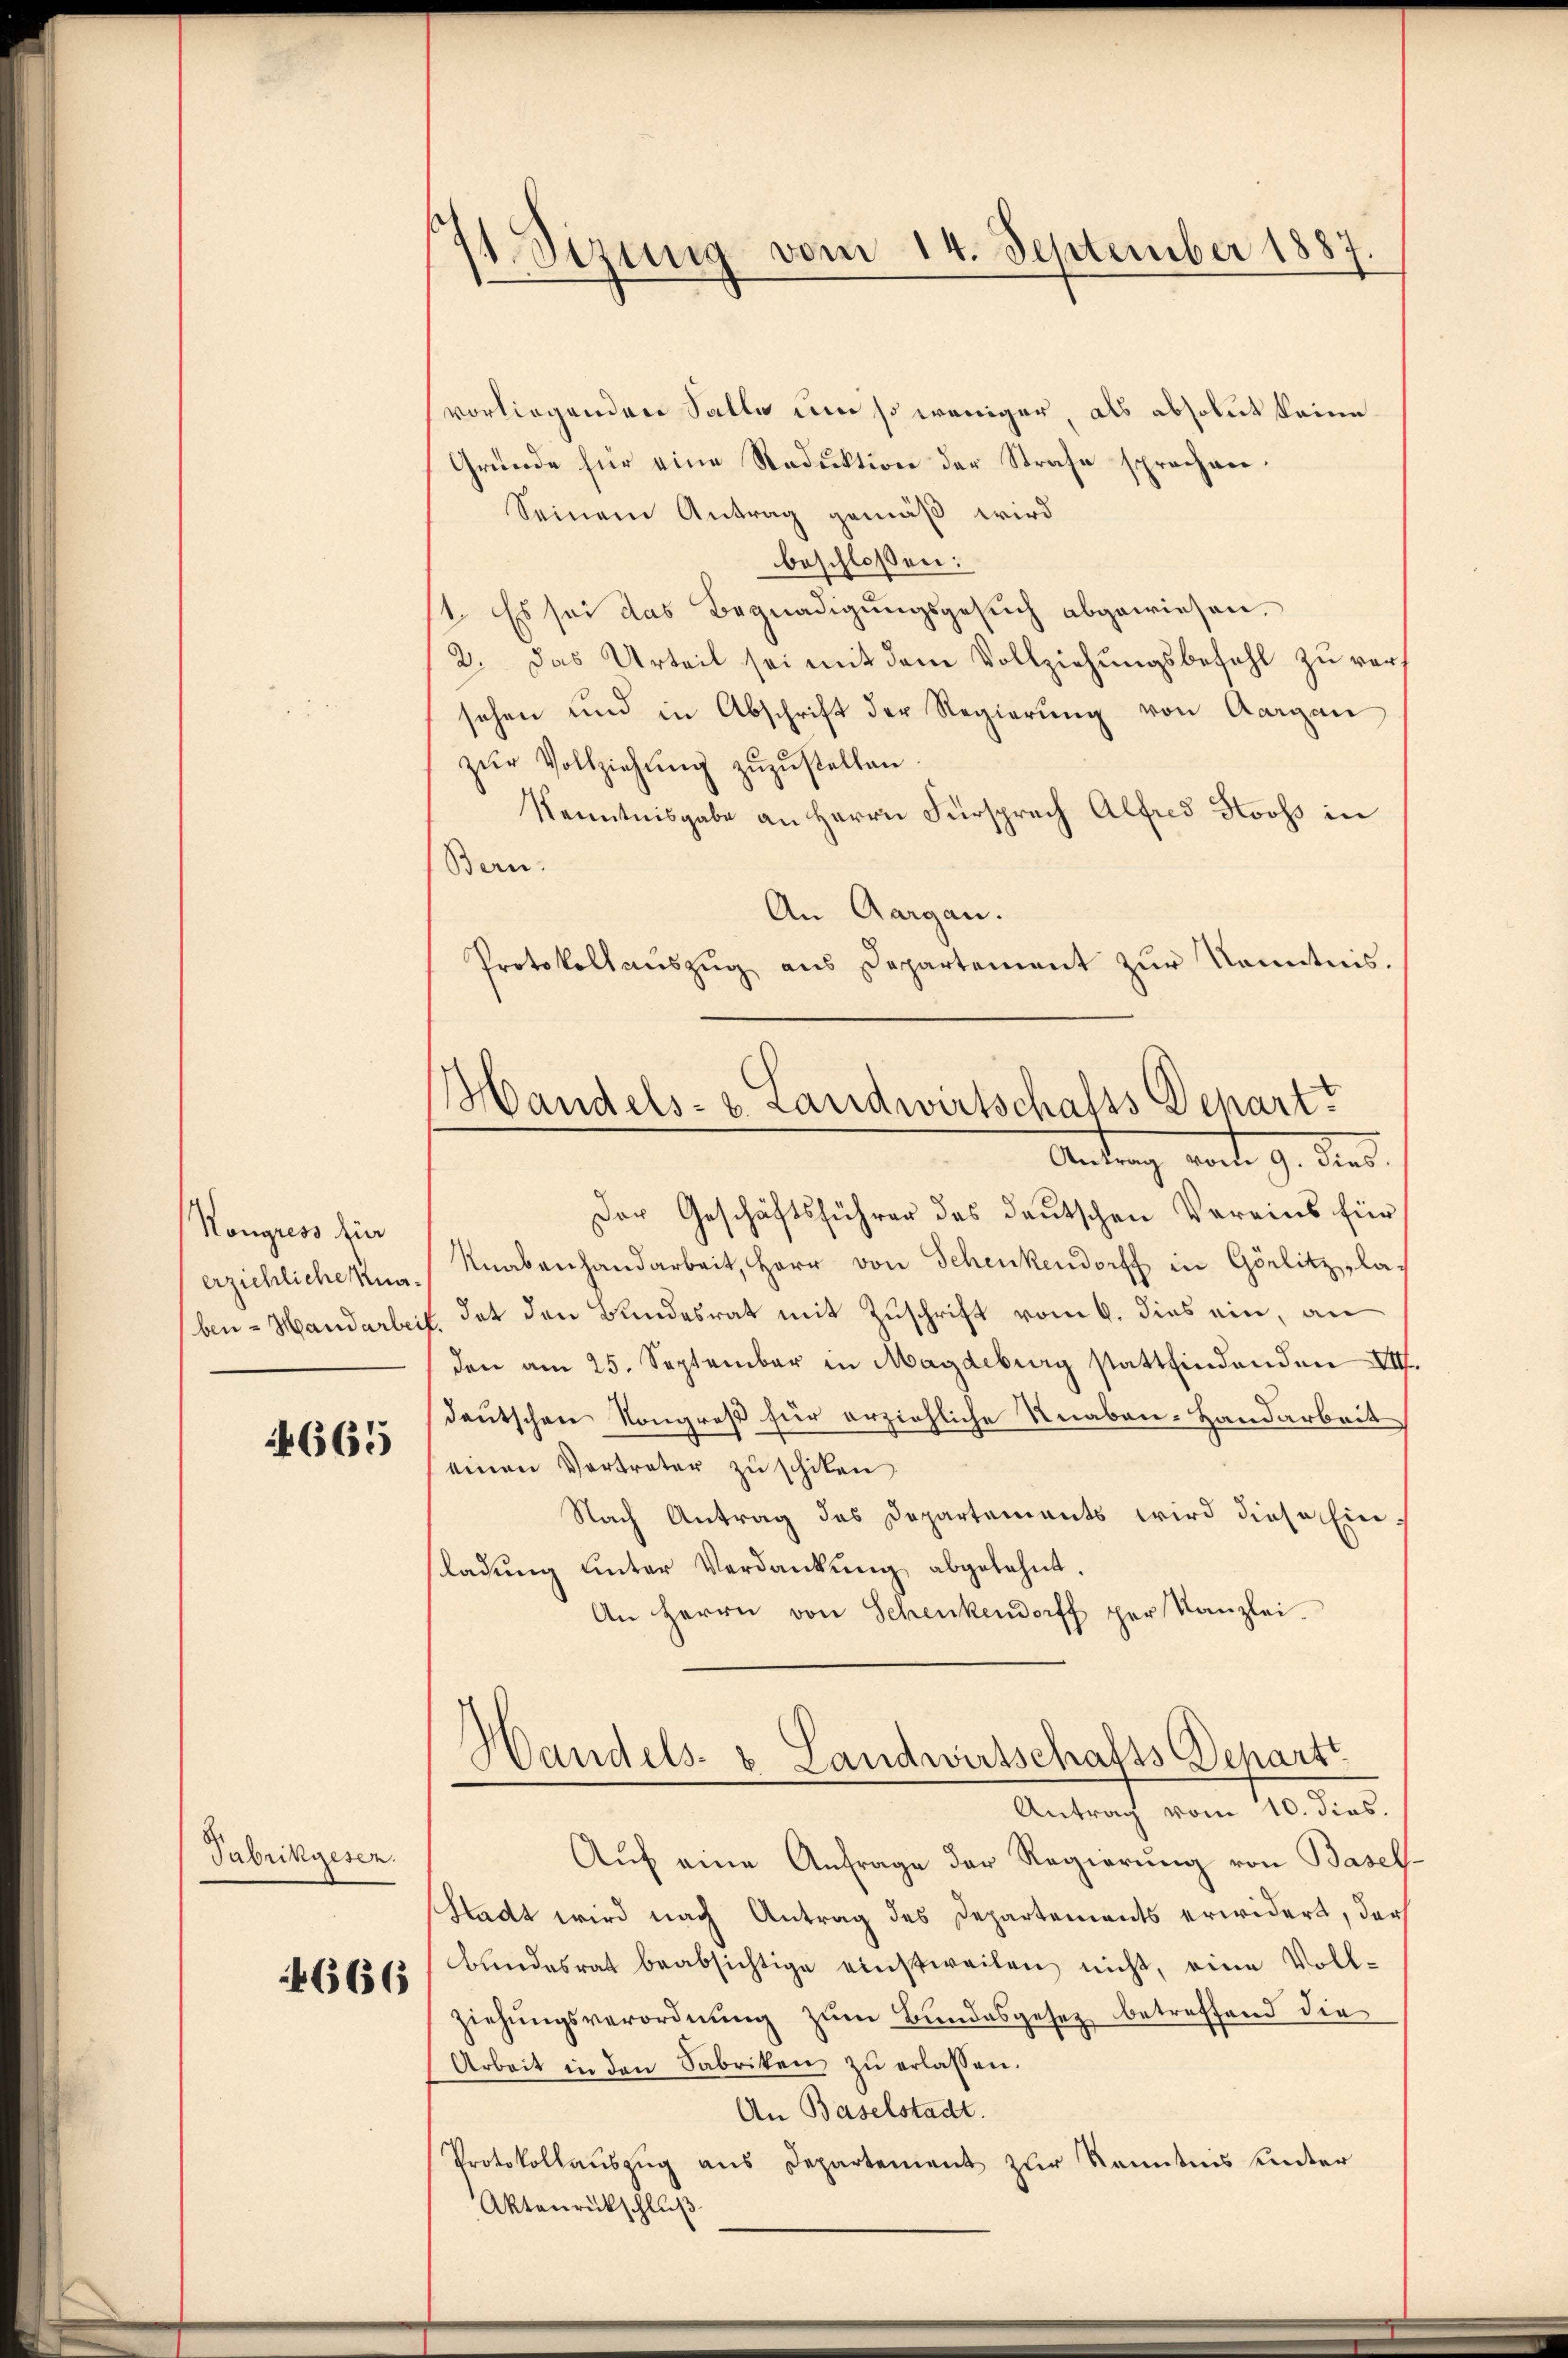
Kongress für
erziehliche Knaben= Handarbei

665

Tabrikgesen.
4666

1 Sizung vom 14. September 1887.

Handels- u. Landwirtschalts Depart?
Antrag wart. 9. dies

vorliegenden Salle um so weniger, als absolut keine
Gründe für eine Reduktion der Strafe sprechen.
Seinem Antrag gemäß wird
beschlossen:
1. Es sei das Begnadigungsgesuch abgewiesen.
2. Das Urteil sei mit dem Vollziehungsbefehl zu versehen und in Abschrift der Regierung von Aargau
zŭr Vollziehŭng zŭzŭstellen.
Kenntnisgabe an Herrn Fürsprach Alfred Stooss in
Bern.
An Aargau.
Protokollaŭszŭg aŭs Departement zŭr Kenntnis.
Der Geschäftsführer des deutschen Vereins für
Knabenhandarbeit, Herr von Schenkendorff in Görlitz, la
E dat den Bundesrat mit Zuschrift vom 6. dies ein, an
den am 25. September in Magdeburg stattfindenden VIII
deutschen Kongreß für erziehliche Knaben-Handarbeit
einen Vertreter zu schiken
Nach Antrag des Departements wird diese Einladŭng unter Verdankŭng abgelehnt.
An Herrn von Schenkendorff per Kanzlei.
Handels- & Landwirtschafts Depart
Antrag vom 10. dies.
Aŭf eine Anfrage der Regierung von Basel-
Stadt wird nach Antrag des Departements erwidert, der
bŭndesrat beabsichtige einstweilen nicht, eine Voll-
ziehungsverordnung zum Bundesgesetz betreffend die
Arbeit in den Fabriken zŭ erlassen.
An Baselstadt.
Protokollaŭszŭg ans Departement zur Kenntnis unter
Aktenrückschluß